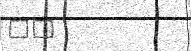
٧١